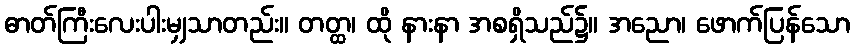
ဓာတ်ကြီးလေးပါးမျှသာတည်း။ တတ္ထ၊ ထို နားနာ အစရှိသည်၌။ အညော၊ ဖောက်ပြန်သော